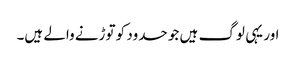
اور یہی لوگ ہیں جو حدود کو توڑنے والے ہیں۔